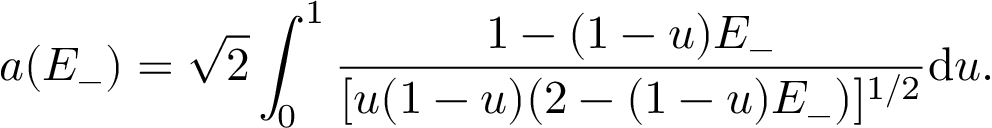
a ( E _ { - } ) = \sqrt { 2 } \int _ { 0 } ^ { 1 } \frac { 1 - ( 1 - u ) E _ { - } } { [ u ( 1 - u ) ( 2 - ( 1 - u ) E _ { - } ) ] ^ { 1 / 2 } } \mathrm { d } u .